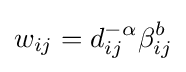
w_{ij}=d_{ij}^{-\alpha }\beta _{ij}^{b}